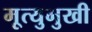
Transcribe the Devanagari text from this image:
मृ्त्युमुखी